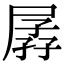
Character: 孱